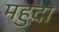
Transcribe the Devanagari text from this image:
महुदा